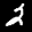
Label: 2